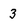
Character: 3